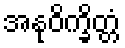
အနုဝိက္ခိတ္တံ